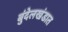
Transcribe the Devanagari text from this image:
बुंदेलखंडात